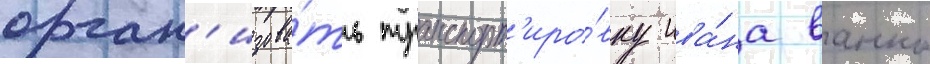
орган'изова́ть транспорт'иро́вку ива́на ванко